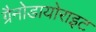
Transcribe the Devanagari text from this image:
ग्रैनोडायोराइट